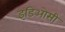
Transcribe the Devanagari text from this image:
इडिओसी